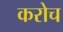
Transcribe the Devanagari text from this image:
करोच